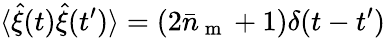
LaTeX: \langle\hat{\xi}(t)\hat{\xi}(t^{\prime})\rangle=(2\bar{n}_{\mathrm{~m~}}+1)\delta(t-t^{\prime})